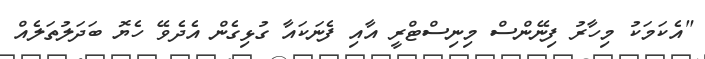
"އެކަމަކު މިހާރު ފިނޭންސް މިނިސްޓްރީ އާއި ފެނަކައާ ގުޅިގެން އެދެވޭ ހެޔޮ ބަދަލުތަލެއް